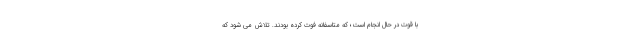
با قوت در حال انجام است؛ که متاسفانه فوت کرده بودند. تلاش می شود که